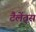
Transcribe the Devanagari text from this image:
टैलेंट्स